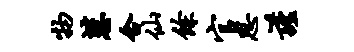
物慧合仙余官思谨